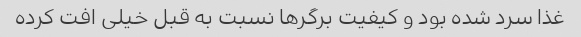
غذا سرد شده بود و کیفیت برگرها نسبت به قبل خیلی افت کرده